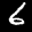
Label: 6